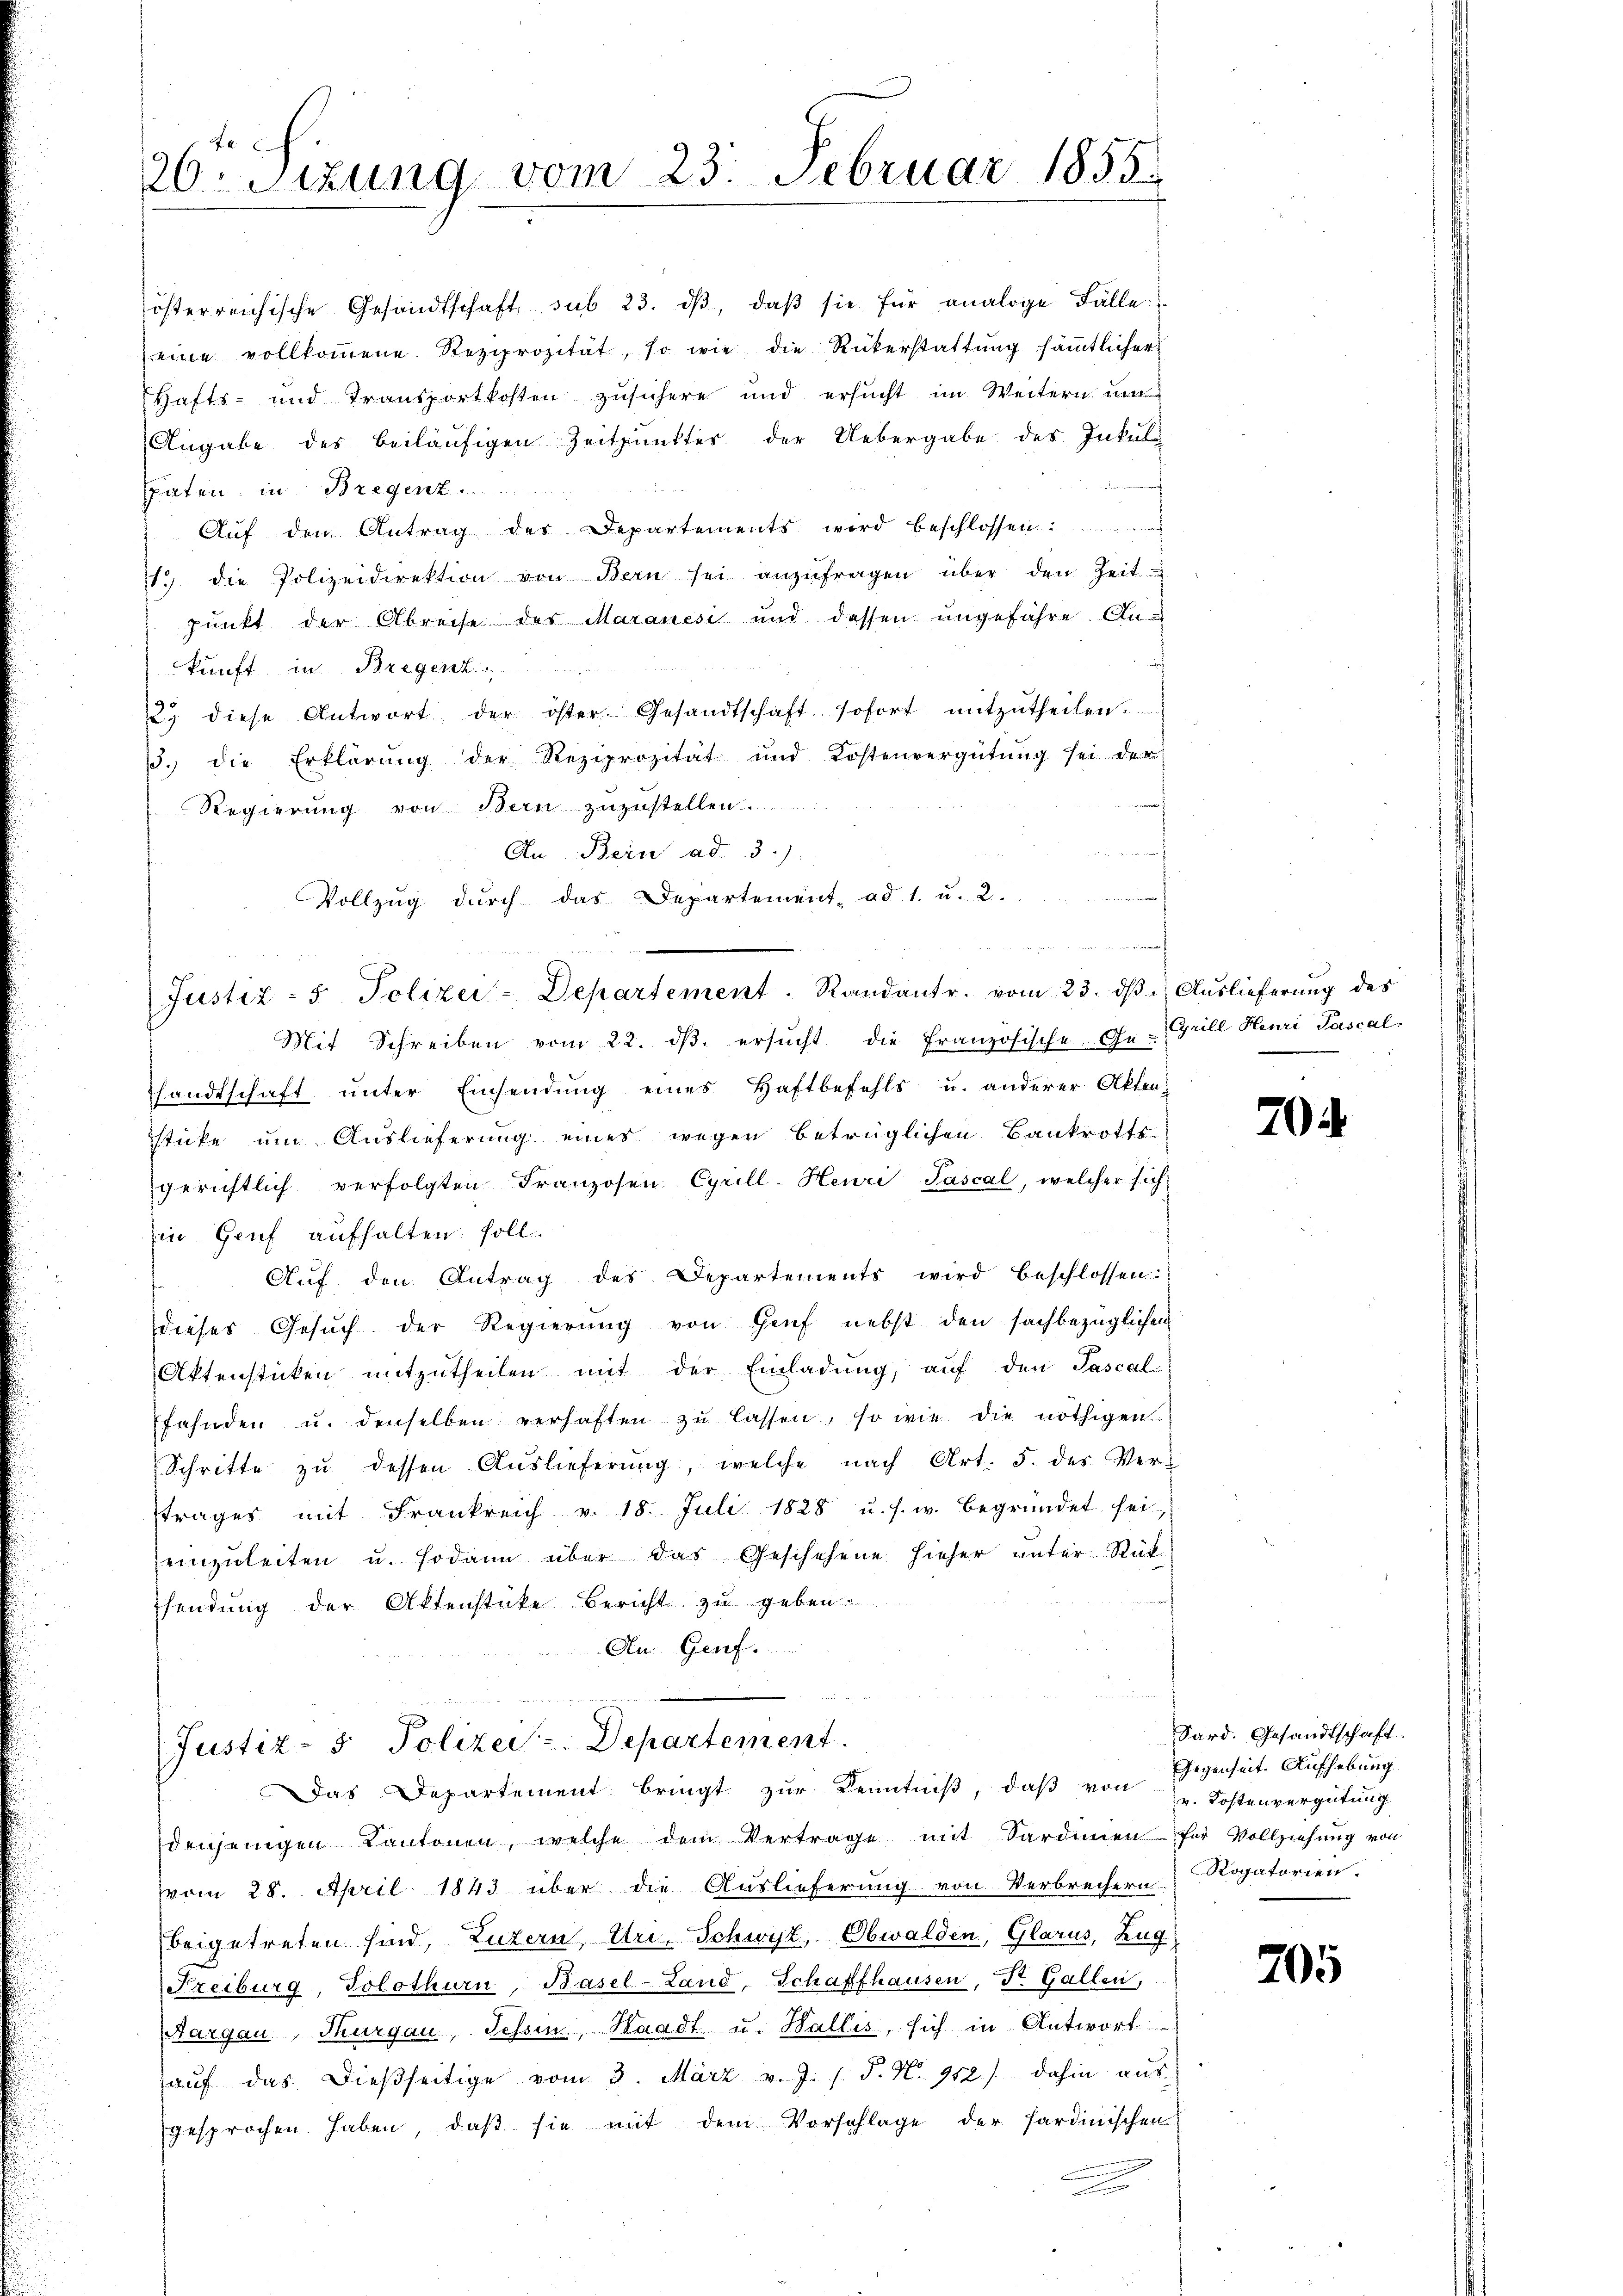
26. Sizung vom 23. Februar 1855.

An Bein ad 3.)
Vollzug durch das Departement ad 1. u. 2.
Mit Schreiben vom 22. dβ. ersŭcht die Französische Ge- Grill Henri Pascal
handtschaft unter Einsendung eines Haftbefehls u. anderer Akten
sticke um Auslieferung eines wegen betrüglichen Bankrotts
gerichtlich verfolgten Franzosen Cyrill-Heuri-Sascal, welcher sich
in Genf aufhalten soll.
Aŭf den Antrag des Departements wird beschlossen:
dieses Gesŭch der Regierŭng von Genf nebst den sachbezüglichen
Aktenstücken mitzŭtheilen mit der Einladŭng, auf den Pascal
fahnden u. denselben verhaften zu lassen, so wie die nöthigen
Schritte zŭ dessen Auslieferung, welche nach Art. 5. des Vertrages mit Frankreich v. 18. Juli 1828 u. s. w. begründet sei
einzuleiten u. sodann über das Geschehene hieher unter Rück
sendung der Aktenstücke Bericht zu geben.
An Genf.

österreichische Gesandtschaft sub 23. dβ, daβ sie für analoge Fälle
eine vollkoṁene Reziprozität, so wie die Rükerstattŭng sämtlichers
Hafts- und Transportkosten zusichere und ersŭcht im Weitern um
Angabe des beiläufigen Zeitpunktes der Uebergabe des Inkul-
aten, in Bregenz.
Auf den Antrag des Departements wird beschlossen
1.) die Polizeidirektion von Bern sei anzŭfragen über den Zeit-
punkt der Abreise des Maranesi und dessen ungefahre Ankunft in Bregenh
23 diese Antwort der öster Gesandtschaft sofort mitzŭtheilen.
3. die Erklärung der Reziprozität und Kostenvergütung sei der
Regierung von Bern zuzustellen.

Justiz- & Polizei-Departement. Randantr. vom 23. dβ u Aŭslieferŭng des

Justiz- & Polizei. Departement.
Das Departement bringt zur Kenntniß, daβ von zu. Kostenvergütung

denjenigen Kantonen, welche dem Vertrage mit Sardinen für Vollziehung von
vom 28. April 1843 über die Auslieferung von Verbrechern Rogatorien.
beigetreten sind, Luzern, Uri, Schwyz, Obwalden, Glarus, Zug
Freiburg, Solothurn, Basel-Land Schaffhausen, Dr. Gallen,
Aargau, Thurgau, Tessin, Waadt u. Wallis, sich in Antwort
haŭf das dießseitige vom 3. März v. J. s. S. N. 952) dahin aus
gesprochen haben, daβ sie mit dem Vorschlage der Sardinischen

f

704

Sard. Gesandtschaft.
Gegenheit. Aufhebung

205